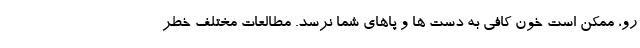
رو، ممکن است خون کافی به دست ها و پاهای شما نرسد. مطالعات مختلف خطر